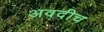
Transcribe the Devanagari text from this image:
अवदीच